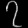
Digit: ၇